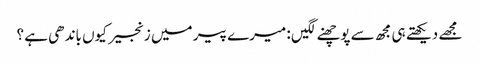
مجھے دیکھتے ہی مجھ سے پوچھنے لگیں : میرے پیر میں زنجیر کیوں باندھی ہے ؟